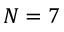
N = 7